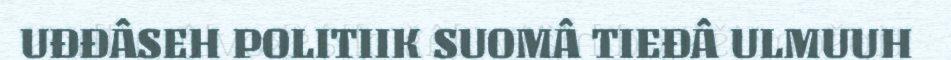
UĐĐÂSEH POLITIIK SUOMÂ TIEĐÂ ULMUUH